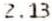
2.13